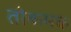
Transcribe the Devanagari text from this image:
तोकमक